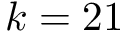
k = 2 1